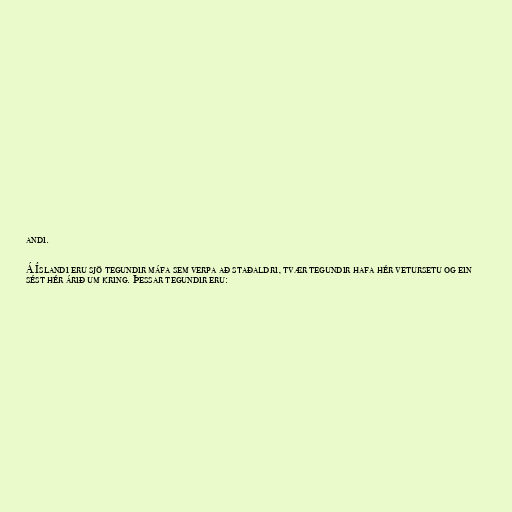
andi.

Á Íslandi eru sjö tegundir máfa sem verpa að staðaldri, tvær tegundir hafa hér vetursetu og ein
sést hér árið um kring. Þessar tegundir eru: